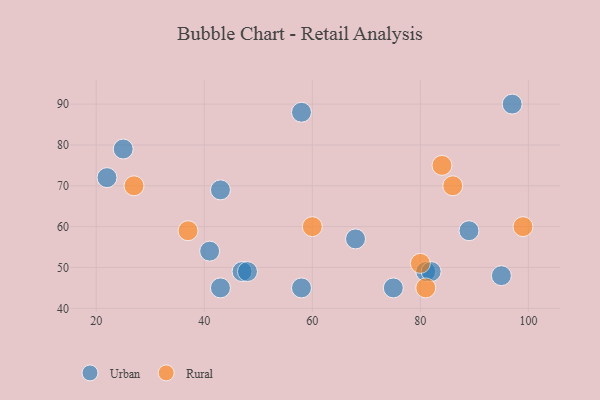
{"axis": {"x": "GDP", "y": "Life Expectancy"}, "legend": ["Rural", "Urban"], "data": [{"x": "68", "y": 57, "type": "Urban"}, {"x": "41", "y": 54, "type": "Urban"}, {"x": "58", "y": 88, "type": "Urban"}, {"x": "81", "y": 49, "type": "Urban"}, {"x": "89", "y": 59, "type": "Urban"}, {"x": "22", "y": 72, "type": "Urban"}, {"x": "82", "y": 49, "type": "Urban"}, {"x": "95", "y": 48, "type": "Urban"}, {"x": "58", "y": 45, "type": "Urban"}, {"x": "25", "y": 79, "type": "Urban"}, {"x": "47", "y": 49, "type": "Urban"}, {"x": "43", "y": 69, "type": "Urban"}, {"x": "75", "y": 45, "type": "Urban"}, {"x": "97", "y": 90, "type": "Urban"}, {"x": "43", "y": 45, "type": "Urban"}, {"x": "48", "y": 49, "type": "Urban"}, {"x": "99", "y": 60, "type": "Rural"}, {"x": "60", "y": 60, "type": "Rural"}, {"x": "86", "y": 70, "type": "Rural"}, {"x": "81", "y": 45, "type": "Rural"}, {"x": "27", "y": 70, "type": "Rural"}, {"x": "37", "y": 59, "type": "Rural"}, {"x": "80", "y": 51, "type": "Rural"}, {"x": "84", "y": 75, "type": "Rural"}]}